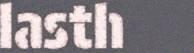
lasth